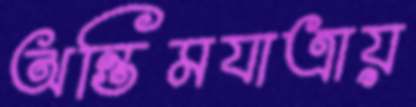
অন্তিমযাত্রায়